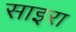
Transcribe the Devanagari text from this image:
साइरा